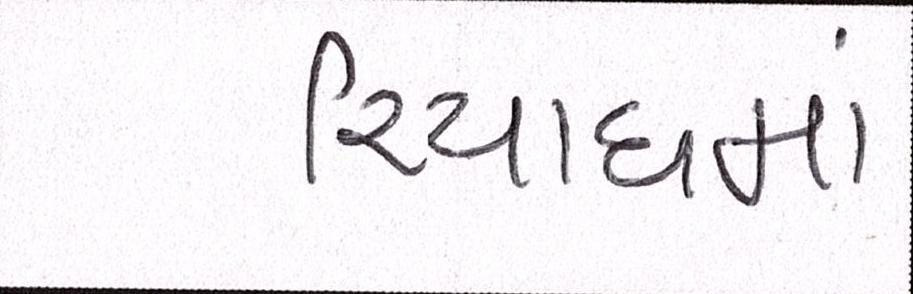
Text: રિયાધમાં